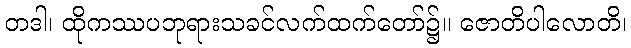
တဒါ၊ ထိုကဿပဘုရားသခင်လက်ထက်တော်၌။ ဇောတိပါလောတိ၊